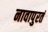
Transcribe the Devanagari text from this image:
नावापुरतं